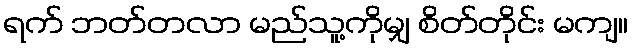
ရက် ဘတ်တလာ မည်သူ့ကိုမျှ စိတ်တိုင်း မကျ။